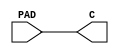
// This program was cloned from: https://github.com/yuravg/uvm_book_examples
// License: Apache License 2.0

//Title       : 
//Description : 
//Notes       : 
//----------------------------------------------------------------------
//   Copyright 1999-2010 Cadence Design Systems, Inc.
//   All Rights Reserved Worldwide
//
//   Licensed under the Apache License, Version 2.0 (the
//   "License"); you may not use this file except in
//   compliance with the License.  You may obtain a copy of
//   the License at
//
//       http://www.apache.org/licenses/LICENSE-2.0
//
//   Unless required by applicable law or agreed to in
//   writing, software distributed under the License is
//   distributed on an "AS IS" BASIS, WITHOUT WARRANTIES OR
//   CONDITIONS OF ANY KIND, either express or implied.  See
//   the License for the specific language governing
//   permissions and limitations under the License.
//----------------------------------------------------------------------
module PDIDGZ (PAD, C);
   input PAD;
   output C;
	assign C = PAD;
endmodule


module PDB04DGZ (I, OEN, PAD, C);
    input I, OEN;
    inout PAD;
    output C;

    bufif0	(PAD, I, OEN);
    buf		(C, PAD);
endmodule


module PDISDGZ (PAD, C);
   input PAD;
   output C;
	assign C = PAD;
endmodule


module PDO04CDG (I, PAD);
    input I;
    output PAD;
	assign PAD = I;
endmodule


module PDT04DGZ (I, OEN, PAD);
    input I, OEN;
    output PAD;
    bufif0	(PAD, I, OEN);
endmodule


module PDB04SDGZ (I, OEN, PAD, C);
    input I, OEN;
    inout PAD;
    output C;

    bufif0	(PAD, I, OEN);
    buf		(C, PAD);
endmodule


module PRB08DGZ (I, OEN, PAD, C);
    input I, OEN;
    inout PAD;
    output C;

    bufif0	(PAD, I, OEN);
    buf		(C, PAD);
endmodule